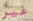
غير